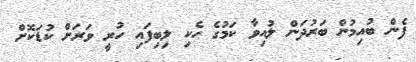
ފެން ބުއިމުން ބަރުދަން ލުއިވާ ކަމުގެ ހެކި ލިބިފައި ހުރީ ވަރަށް ކުޑަކޮށް